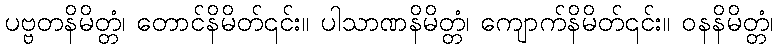
ပဗ္ဗတနိမိတ္တံ၊ တောင်နိမိတ်၎င်း။ ပါသာဏနိမိတ္တံ၊ ကျောက်နိမိတ်၎င်း။ ဝနနိမိတ္တံ၊